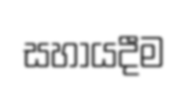
සහායදීම